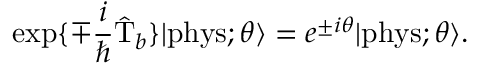
\exp \{ \mp \frac { i } { \hbar } \hat { \mathrm { T } } _ { b } \} | \mathrm { p h y s } ; \theta \rangle = e ^ { \pm i \theta } | \mathrm { p h y s } ; \theta \rangle .